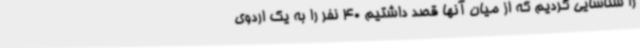
را شناسایی کردیم که از میان آنها قصد داشتیم 40 نفر را به یک اردوی